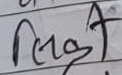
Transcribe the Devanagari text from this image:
लिकी